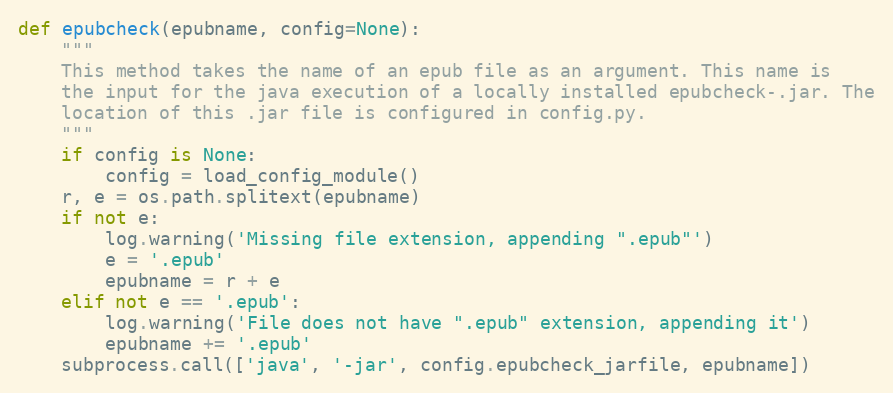
Language: Python
def epubcheck(epubname, config=None):
    """
    This method takes the name of an epub file as an argument. This name is
    the input for the java execution of a locally installed epubcheck-.jar. The
    location of this .jar file is configured in config.py.
    """
    if config is None:
        config = load_config_module()
    r, e = os.path.splitext(epubname)
    if not e:
        log.warning('Missing file extension, appending ".epub"')
        e = '.epub'
        epubname = r + e
    elif not e == '.epub':
        log.warning('File does not have ".epub" extension, appending it')
        epubname += '.epub'
    subprocess.call(['java', '-jar', config.epubcheck_jarfile, epubname])